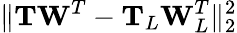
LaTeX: \| \mathbf{T}\mathbf{W}^{T}-\mathbf{T}_{L}\mathbf{W}_{L}^{T}\| _{2}^{2}